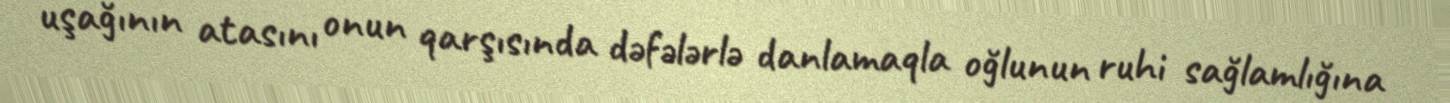
uşağının atasını onun qarşısında dəfələrlə danlamaqla oğlunun ruhi sağlamlığına